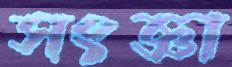
সংজ্ঞা